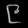
Digit: ၉